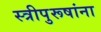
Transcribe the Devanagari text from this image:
स्त्रीपुरूषांना